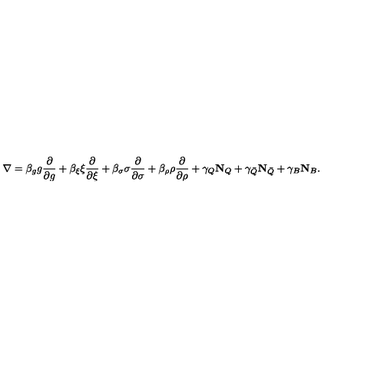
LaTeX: \nabla = \beta _ { g } g \frac { \partial } { \partial g } + \beta _ { \xi } \xi \frac { \partial } { \partial \xi } + \beta _ { \sigma } \sigma \frac { \partial } { \partial \sigma } + \beta _ { \rho } \rho \frac { \partial } { \partial \rho } + \gamma _ { Q } \mathbf { N } _ { Q } + \gamma _ { \bar { Q } } \mathbf { N } _ { \bar { Q } } + \gamma _ { B } \mathbf { N } _ { B } .